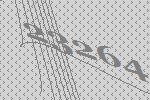
23264